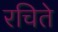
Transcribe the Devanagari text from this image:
रचिते